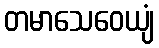
တမာသေဝေယျံ